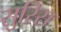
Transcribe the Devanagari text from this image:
सुरिस